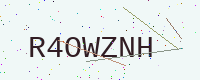
Text: R4OWZNH